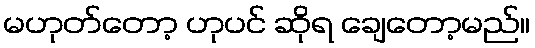
မဟုတ်တော့ ဟုပင် ဆိုရ ချေတော့မည်။